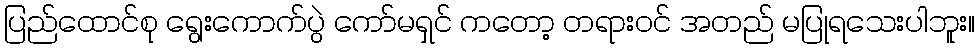
ပြည်ထောင်စု ရွေးကောက်ပွဲ ကော်မရှင် ကတော့ တရားဝင် အတည် မပြုရသေးပါဘူး။